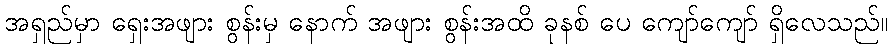
အရှည်မှာ ရှေးအဖျား စွန်းမှ နောက် အဖျား စွန်းအထိ ခုနစ် ပေ ကျော်ကျော် ရှိလေသည်။